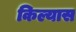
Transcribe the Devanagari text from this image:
किल्यास